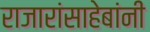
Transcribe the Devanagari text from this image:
राजारांसाहेबांनी